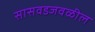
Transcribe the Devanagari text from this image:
सासवडजवळील